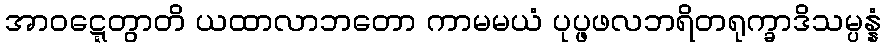
အာဝဋ္ဋေတွာတိ ယထာလာဘတော ကာမမယံ ပုပ္ဖဖလဘရိတရုက္ခာဒိသမ္ပန္နံ